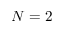
N = 2